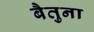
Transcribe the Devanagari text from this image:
बैतुना